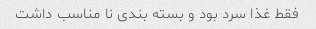
فقط غذا سرد بود و بسته بندی نا مناسب داشت